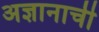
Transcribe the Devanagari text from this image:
अज्ञानाची